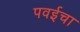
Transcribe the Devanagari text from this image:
पवईचा